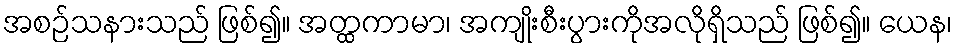
အစဉ်သနားသည် ဖြစ်၍။ အတ္ထကာမာ၊ အကျိုးစီးပွားကိုအလိုရှိသည် ဖြစ်၍။ ယေန၊